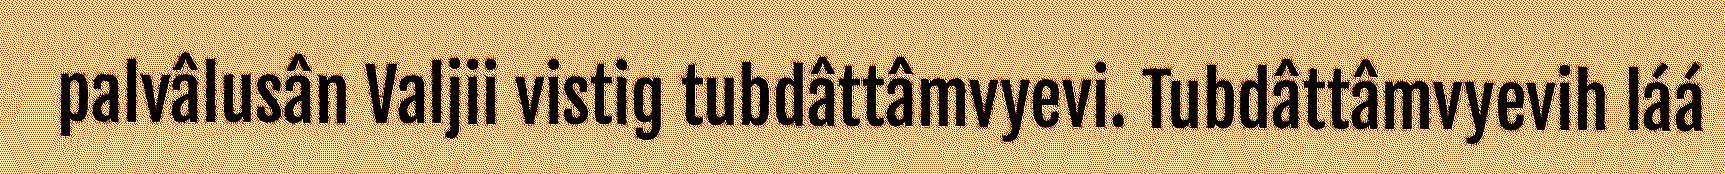
palvâlusân Valjii vistig tubdâttâmvyevi. Tubdâttâmvyevih láá